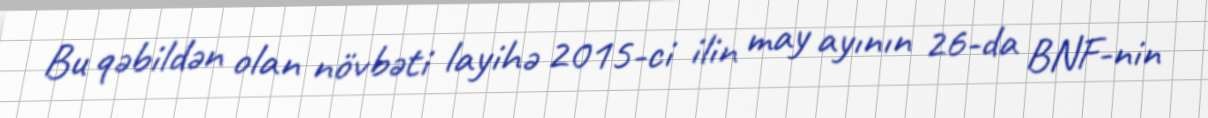
Bu qəbildən olan növbəti layihə 2015-ci ilin may ayının 26-da BNF-nin